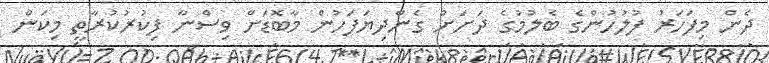
ދެން މިފަހަރު ފުލުހުންގެ ބެލުމުގެ ދަށަށް ގެންދިޔަފަހުން މާބޮޑަށް ވިސްނާ ފިކުރުކުރާތީ މިކަން